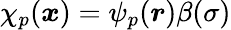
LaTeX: \chi_{p}(\boldsymbol{x})=\psi_{p}(\boldsymbol{r})\beta(\sigma)